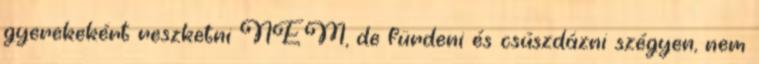
gyerekekért reszketni NEM, de fürdeni és csúszdázni szégyen, nem